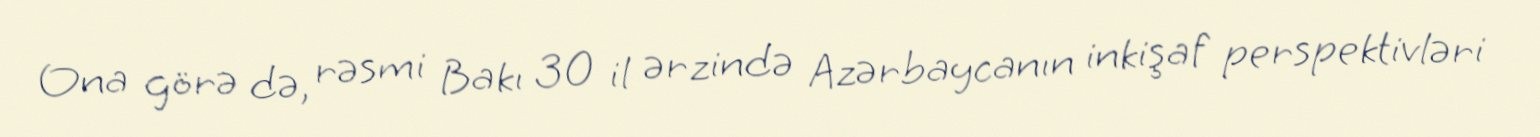
Ona görə də, rəsmi Bakı 30 il ərzində Azərbaycanın inkişaf perspektivləri